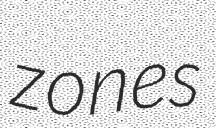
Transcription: zones